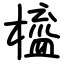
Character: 橀